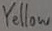
Text: Yellow